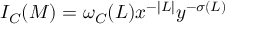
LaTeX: { \cal I _ { C } } ( M ) = \omega _ { \cal C } ( L ) x ^ { - | L | } y ^ { - \sigma ( L ) }